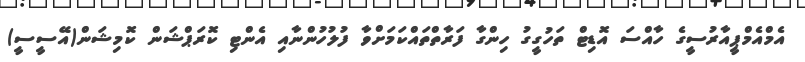
އެމްއެމްޕީއާރުސީގެ ހާއްސަ އޮޑިޓް ތަހުގީގު ހިންގާ ފަރާތްތައްކަމަށްވާ ފުލުހުންނާއި އެންޓި ކޮރަޕްޝަން ކޮމިޝަން(އޭސީސީ)